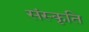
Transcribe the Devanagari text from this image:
संस्‍कृति